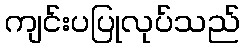
ကျင်းပပြုလုပ်သည်